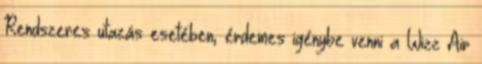
Rendszeres utazás esetében, érdemes igénybe venni a Wizz Air